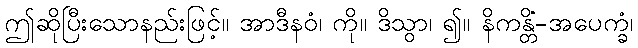
ဤဆိုပြီးသောနည်းဖြင့်။ အာဒီနဝံ၊ ကို။ ဒိသွာ၊ ၍။ နိကန္တိံ-အပေက္ခံ၊